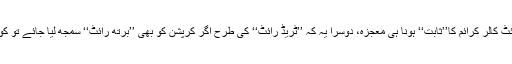
‘‘ کہ اول تو وائٹ کالر کرائم کا’’ثابت‘‘ ہونا ہی معجزہ، دوسرا یہ کہ ’’ٹریڈ رائٹ‘‘ کی طرح اگر کرپشن کو بھی ’’برتھ رائٹ‘‘ سمجھ لیا جائے تو کون سی کرپشن؟